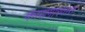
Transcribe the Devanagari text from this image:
कारागारवास